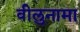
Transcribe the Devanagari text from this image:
वीलुनामा